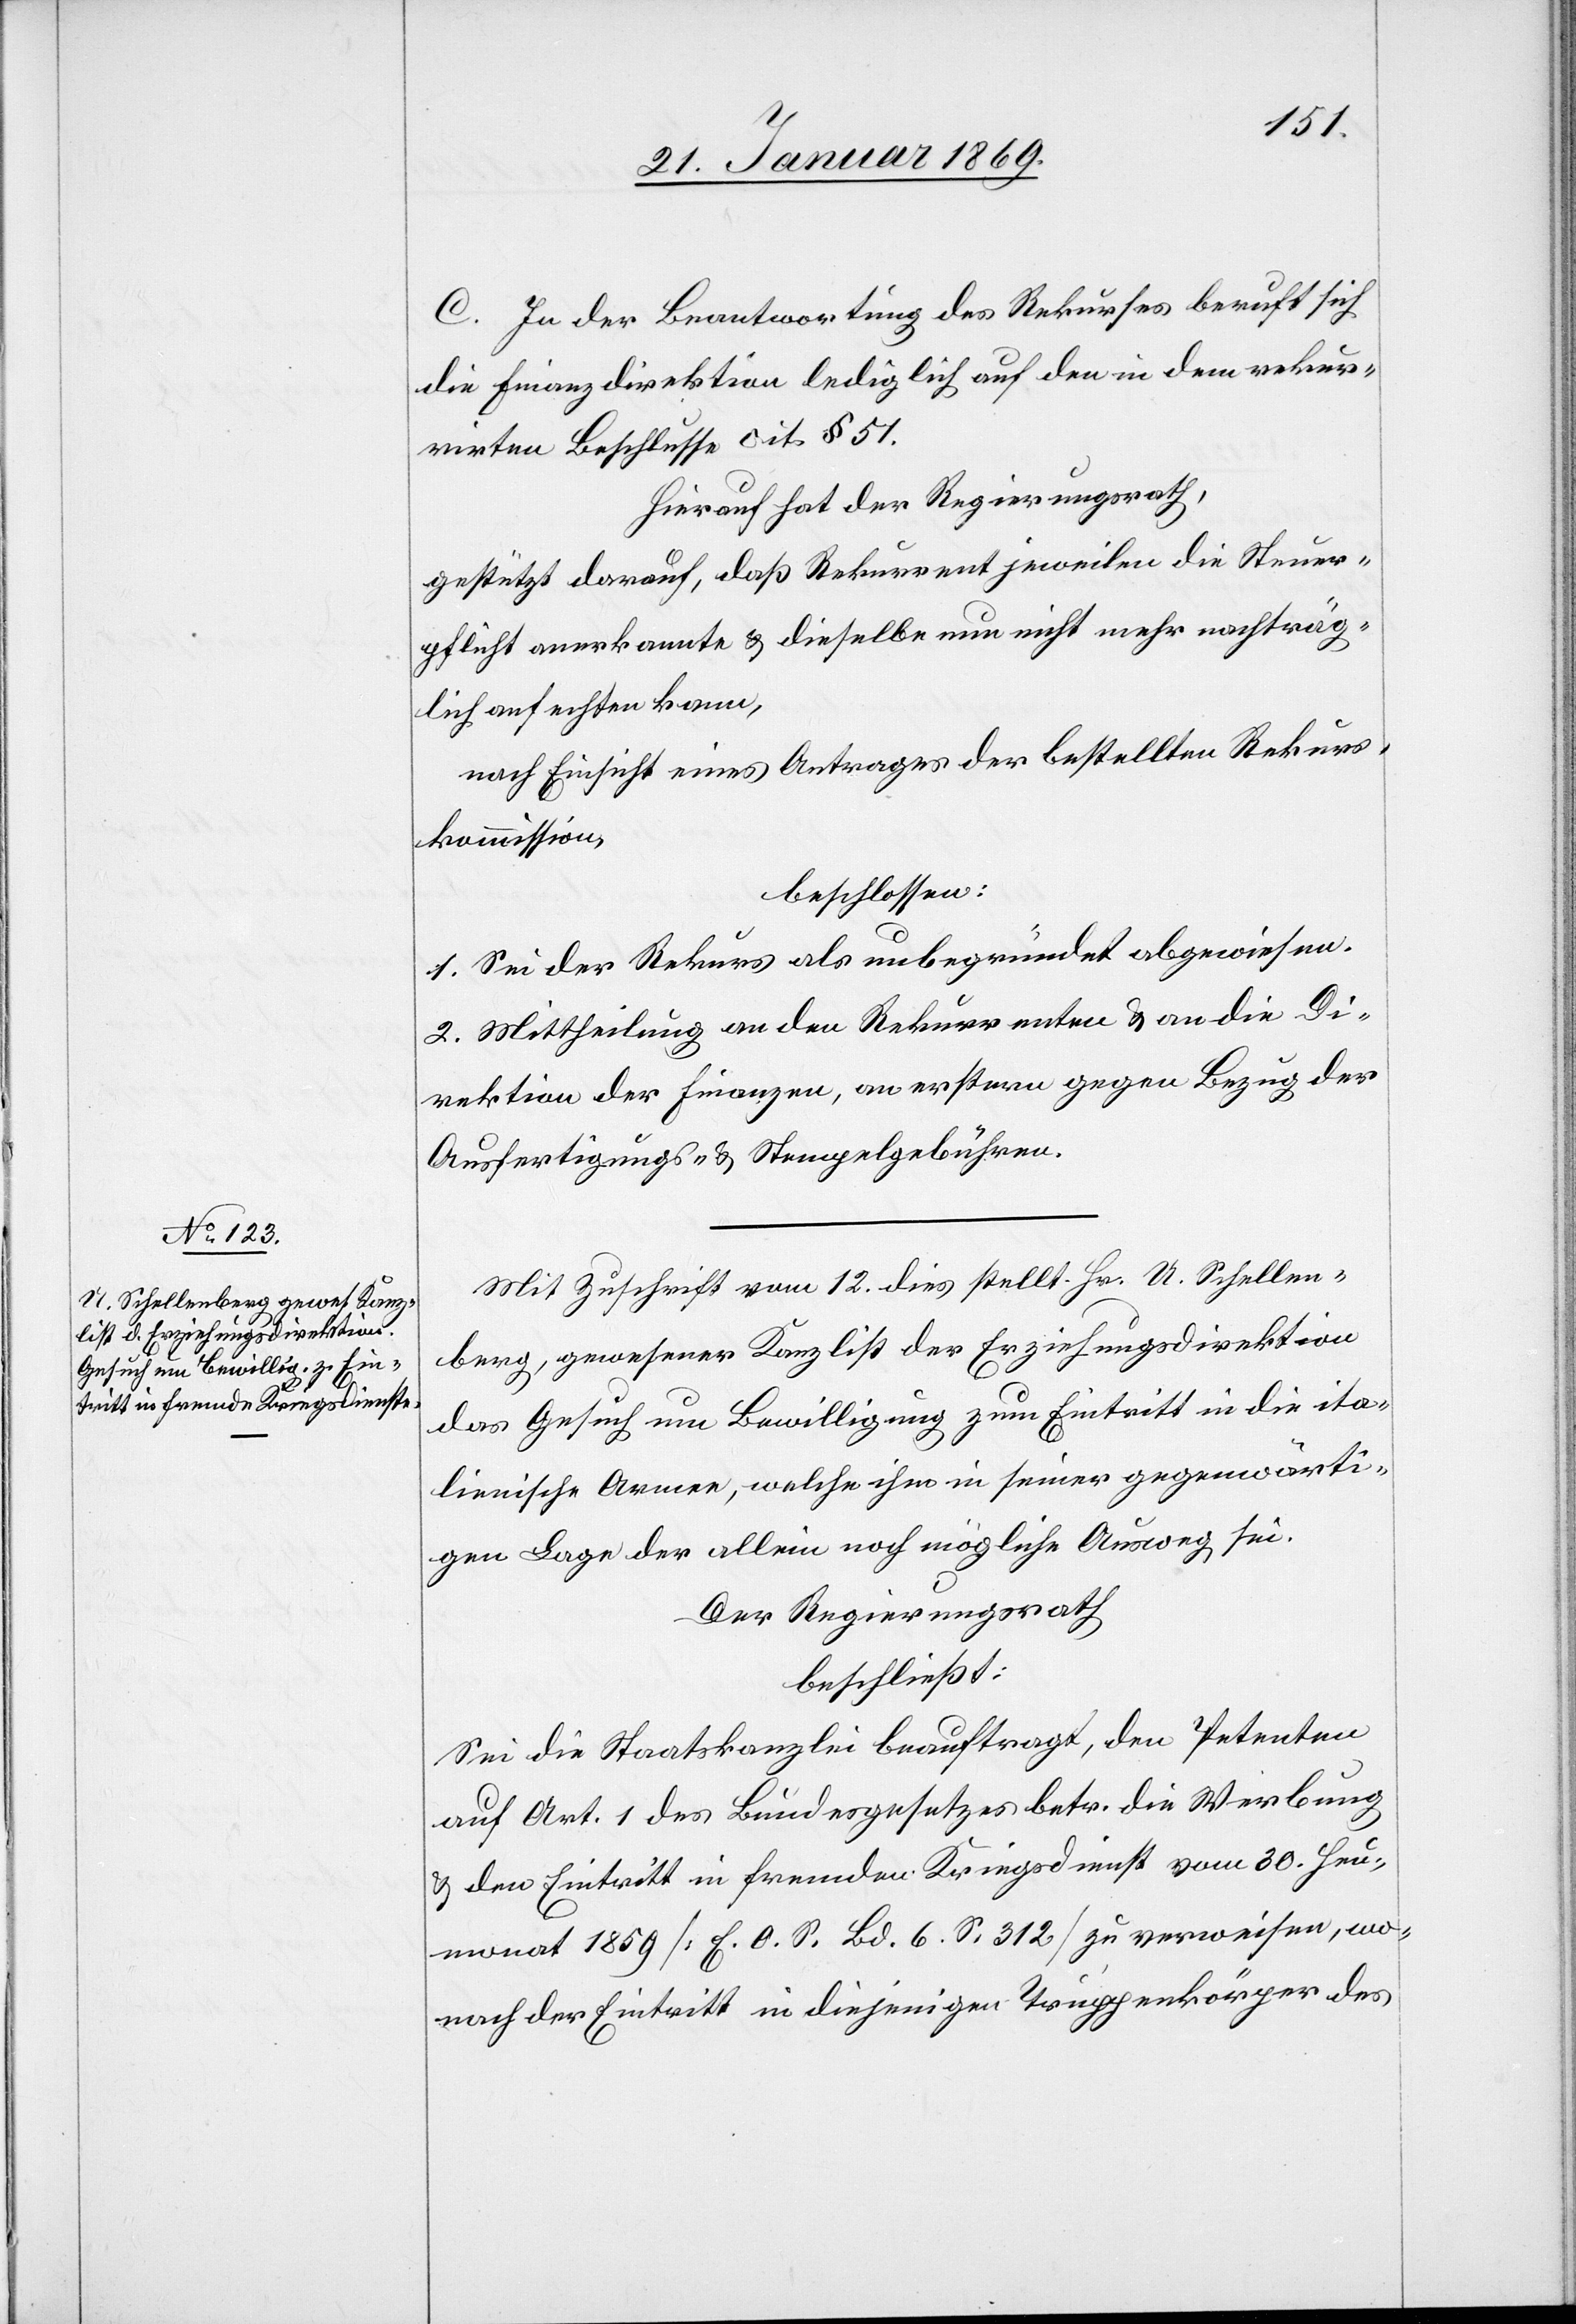
C. In der Beantwortung des Rekurses beruft sich
die Finanzdirektion lediglich auf den in dem rekur¬
rirten Beschlusse cit. § 51.
Hierauf hat der Regierungsrath,
gestützt darauf, daß Rekurrent jeweilen die Steuer¬
pflicht anerkannte & dieselbe nun nicht mehr nachträg¬
lich anfechten kann,
nach Einsicht eines Antrages der bestellten Rekurs¬
kommission,
beschlossen:
1. Sei der Rekurs als unbegründet abgewiesen.
2. Mittheilung an den Rekurrenten & an die Di¬
rektion der Finanzen, an erstern gegen Bezug der
Ausfertigungs- u. Stempelgebühren.